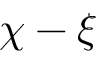
\chi - \xi